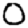
Digit: 0